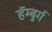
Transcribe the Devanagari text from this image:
हॅम्बुर्ग